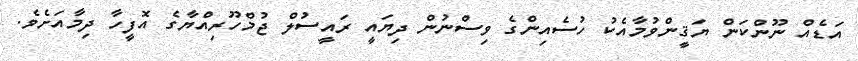
އަޑެއް ނޫންކަން ޔަޤީންވުމާއެކު ހުސެއިންގެ ވިސްނުން ދިޔައީ ރައީސުލް ޖުމްހޫރިއްޔާގެ އޮފީހާ ދިމާއަށެވެ.